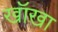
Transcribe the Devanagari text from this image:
खॉखा